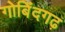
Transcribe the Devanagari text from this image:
गोबिंदगढ़